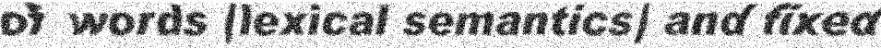
of words (lexical semantics) and fixed